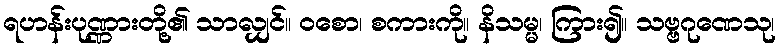
ရဟန်းပုဏ္ဏားတို့၏ သာလျှင်။ ဝစော၊ စကားကို။ နိသမ္မ၊ ကြား၍။ သဗ္ဗဂုဏေသု၊